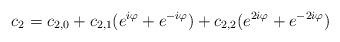
LaTeX: \begin{align*}c_2=c_{2,0}+c_{2,1}(e^{i\varphi}+e^{-i\varphi})+c_{2,2}(e^{2i\varphi}+e^{-2i\varphi})\end{align*}